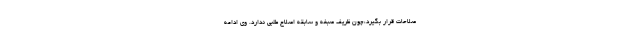
صلاحات قرار بگیرد،چون ظریف صبغه و سابقه اصلاح طلبی ندارد. وی ادامه